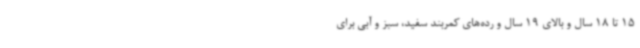
15 تا 18 سال و بالای 19 سال و رده‌های کمربند سفید، سبز و آبی برای